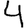
Digit: 4